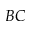
B C